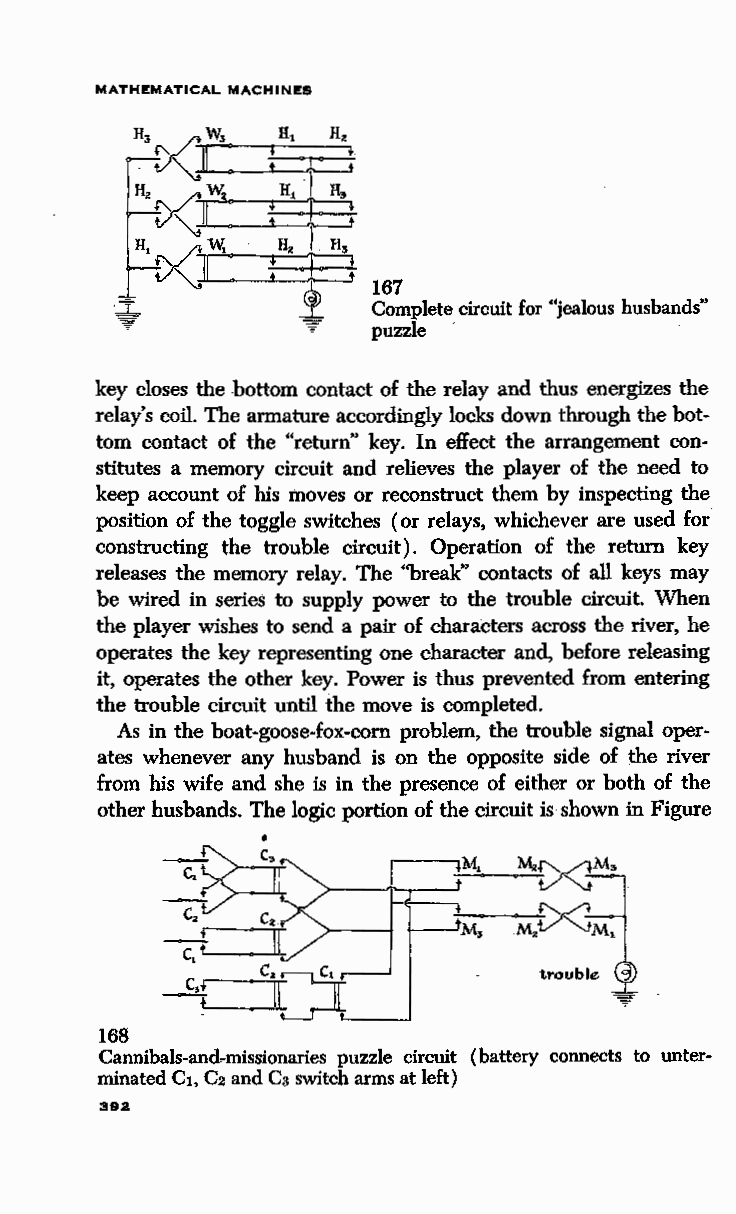
MATHEMATICAL MACHINES
 167
 Complete circuit for "jealous husbands"
 puzzle ·
 key closes the .bottom contact of the relay and thus energizes the
 relay's coil. The armature accordingly locks down through the bot
 tom contact of the "return" key. In effect the arrangement con
 stitutes a memory circuit and relieves the player of the need to
 keep account of his moves or reconstruct them by inspecting the
 position of the toggle switches (or relays, whichever are used for
 constructing the trouble circuit). Operation of the return key
 releases the memory relay. The "break" contacts of all keys may
 be wired in series to supply power to the trouble circuit. When
 the player wishes to send a pair of characters across the river, he
 operates the key representing one character and, before releasing
 it, operates the other key. Power is thus prevented from entering
 the trouble circuit until the move is completed.
 As in the boat-goose-fox-com problem, the trouble signal oper
 ates whenever any husband is on the opposite side of the river
 from his wife and she is in the presence of either or both of the
 other husbands. The logic portion of the circuit is shown in Figure
 •
 ~   =~i
 'trouble <3
 .,..
 168
 Cannibals-and-missionaries puzzle circuit (battery connects to unter
 minated Ct. C2 and Cs switch arms at left)
 382